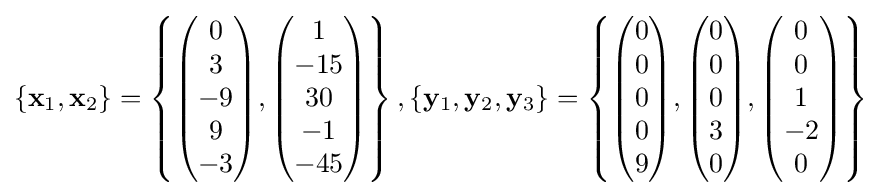
\left\{\mathbf {x} _{1},\mathbf {x} _{2}\right\}=\left\{{\begin{pmatrix}0\\3\\-9\\9\\-3\end{pmatrix}},{\begin{pmatrix}1\\-15\\30\\-1\\-45\end{pmatrix}}\right\},\left\{\mathbf {y} _{1},\mathbf {y} _{2},\mathbf {y} _{3}\right\}=\left\{{\begin{pmatrix}0\\0\\0\\0\\9\end{pmatrix}},{\begin{pmatrix}0\\0\\0\\3\\0\end{pmatrix}},{\begin{pmatrix}0\\0\\1\\-2\\0\end{pmatrix}}\right\}